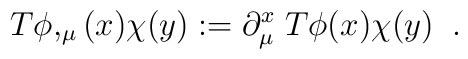
T\phi,_{\mu}(x)\chi(y) := \partial_{\mu}^{x} \;T\phi(x)\chi(y)\;\;. \nonumber